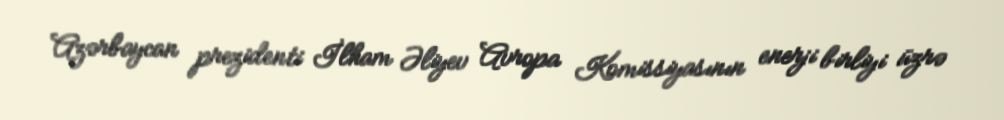
Azərbaycan prezidenti İlham Əliyev Avropa Komissiyasının enerji birliyi üzrə